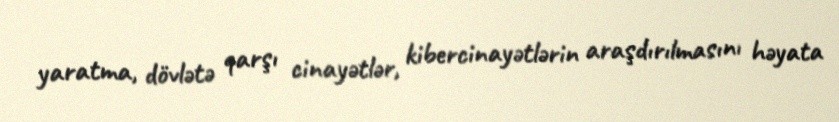
yaratma, dövlətə qarşı cinayətlər, kibercinayətlərin araşdırılmasını həyata